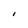
Character: I